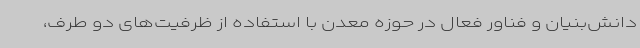
دانش‌بنیان و فناور فعال در حوزه معدن با استفاده از ظرفیت‌های دو طرف،